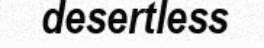
desertless